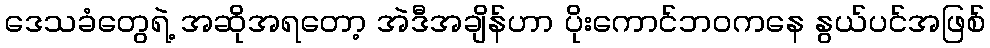
ဒေသခံတွေရဲ့ အဆိုအရတော့ အဲဒီအချိန်ဟာ ပိုးကောင်ဘဝကနေ နွယ်ပင်အဖြစ်